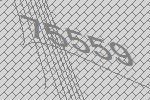
75559